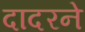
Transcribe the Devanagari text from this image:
दादरने